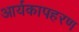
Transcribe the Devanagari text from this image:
आर्यकापहरण